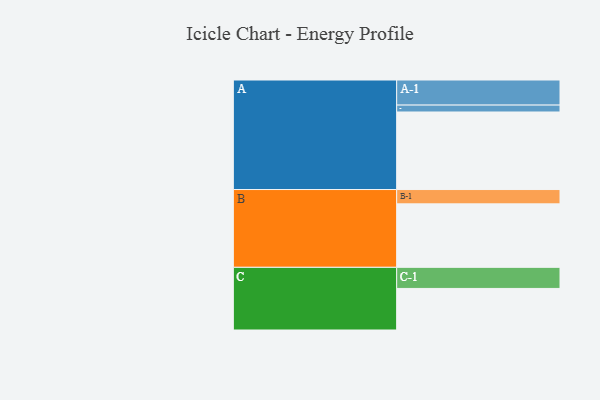
{"axis": {"x": "Segment", "y": "Value"}, "legend": ["", "A", "B", "C"], "data": [{"x": "A", "y": 584, "type": ""}, {"x": "B", "y": 478, "type": ""}, {"x": "C", "y": 313, "type": ""}, {"x": "A-1", "y": 189, "type": "A"}, {"x": "A-2", "y": 52, "type": "A"}, {"x": "B-1", "y": 108, "type": "B"}, {"x": "C-1", "y": 159, "type": "C"}]}